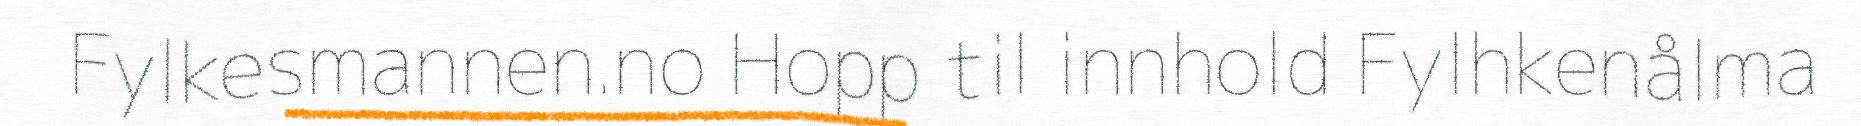
Fylkesmannen.no Hopp til innhold Fylhkenålma